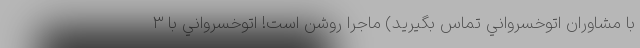
با مشاوران اتوخسرواني تماس بگيريد) ماجرا روشن است! اتوخسرواني با ٣